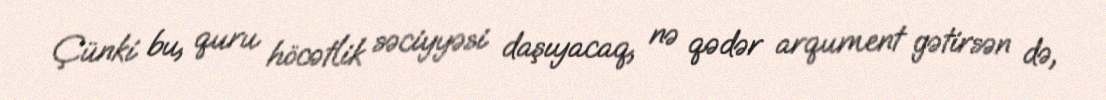
Çünki bu, quru höcətlik səciyyəsi daşıyacaq, nə qədər arqument gətirsən də,